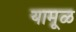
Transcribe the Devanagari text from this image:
यामूळ